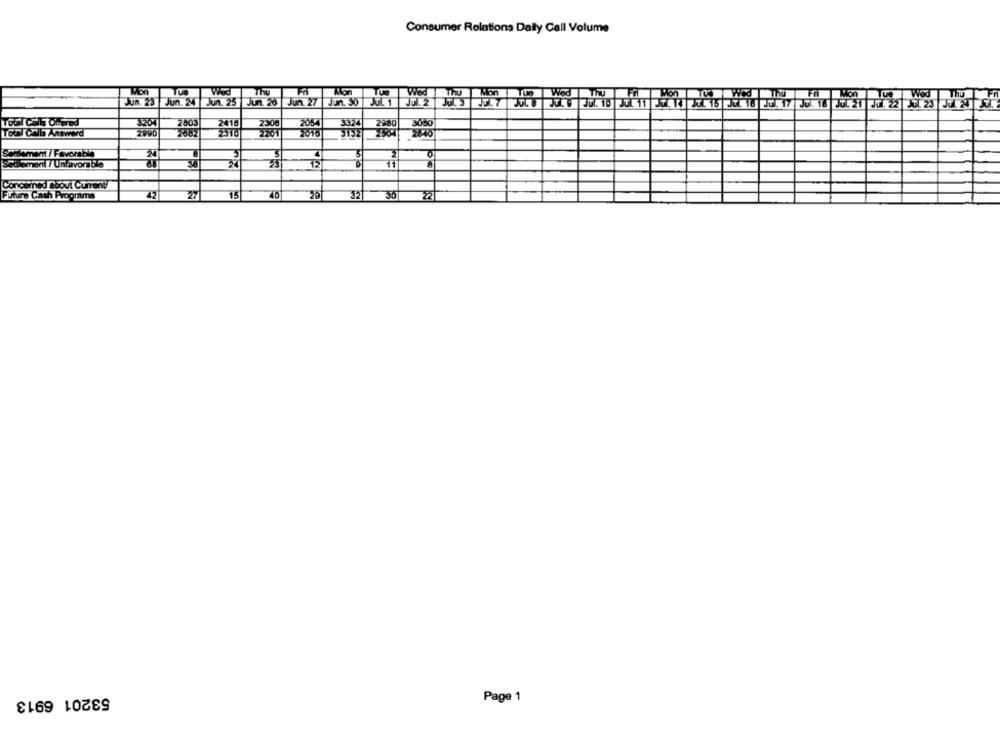
Consumer Relations Dally Call Volume
Mon
Wed Thu Mon Tue Wed Thu Ff Mon TCWCd
Jun 23 Jun. 24 Jun. 25 Jun. 26 Jun. 27 Jun. 30
TOGI Cil Onennd
2003
2416
2300
200
3324
2980
3050
Tot Calb Answerd
2310
2201
7016
3132
2640
Seulement / Favorable
[Seulement / Unfavorable
SA
12
11
Concerned about Current
Future Cash Programs
27
15
40
20
36
2
53201 6913
Page 1